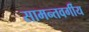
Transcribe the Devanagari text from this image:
सामन्तवर्गीय